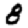
Digit: 8